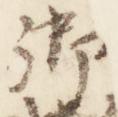
御